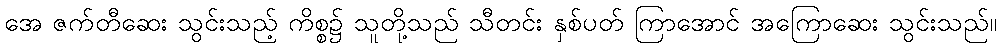
အေ ဇက်တီဆေး သွင်းသည့် ကိစ္စ၌ သူတို့သည် သီတင်း နှစ်ပတ် ကြာအောင် အကြောဆေး သွင်းသည်။